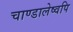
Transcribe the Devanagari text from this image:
चाण्डालेष्वपि